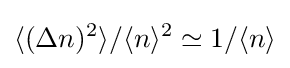
\langle (\Delta n)^{2}\rangle /\langle n\rangle ^{2}\simeq 1/\langle n\rangle